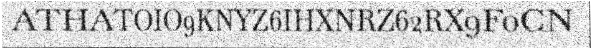
ATHATOIO9KNYZ6IHXNRZ62RX9F0CN